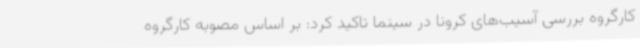
کارگروه بررسی آسیب‌های کرونا در سینما تاکید کرد: بر اساس مصوبه کارگروه